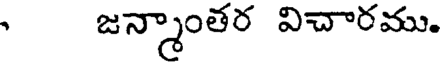
జన్మాంతర విచారము.